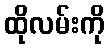
ထိုလမ်းကို